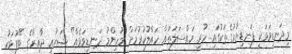
މިދަނޑިވަޅަކީ ފަނޑިޔާރުގެތަކުގައި ހުރި މައްސަލަތައް ހައްލުކުރުމަށް މުހިންމު ދަނޑިވަޅެއް" ޝަރުއީ ދާއިރާގެ ބޭފުޅަކު